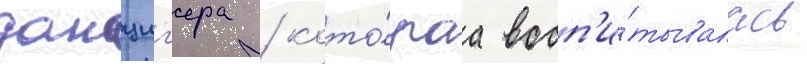
данциг'ера / кото́раа восп'и́тывалась